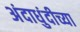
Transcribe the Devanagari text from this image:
अंदाधुंदीच्या